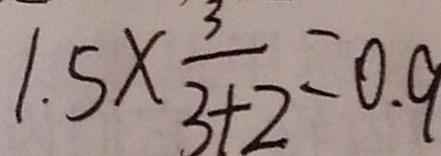
1 . 5 \times \frac { 3 } { 3 + 2 } = 0 . 9